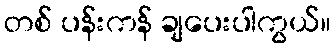
တစ် ပန်းကန် ချပေးပါကွယ်။